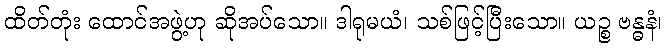
ထိတ်တုံး ထောင်အဖွဲ့ဟု ဆိုအပ်သော။ ဒါရုမယံ၊ သစ်ဖြင့်ပြီးသော။ ယဉ္စ ဗန္ဓနံ၊